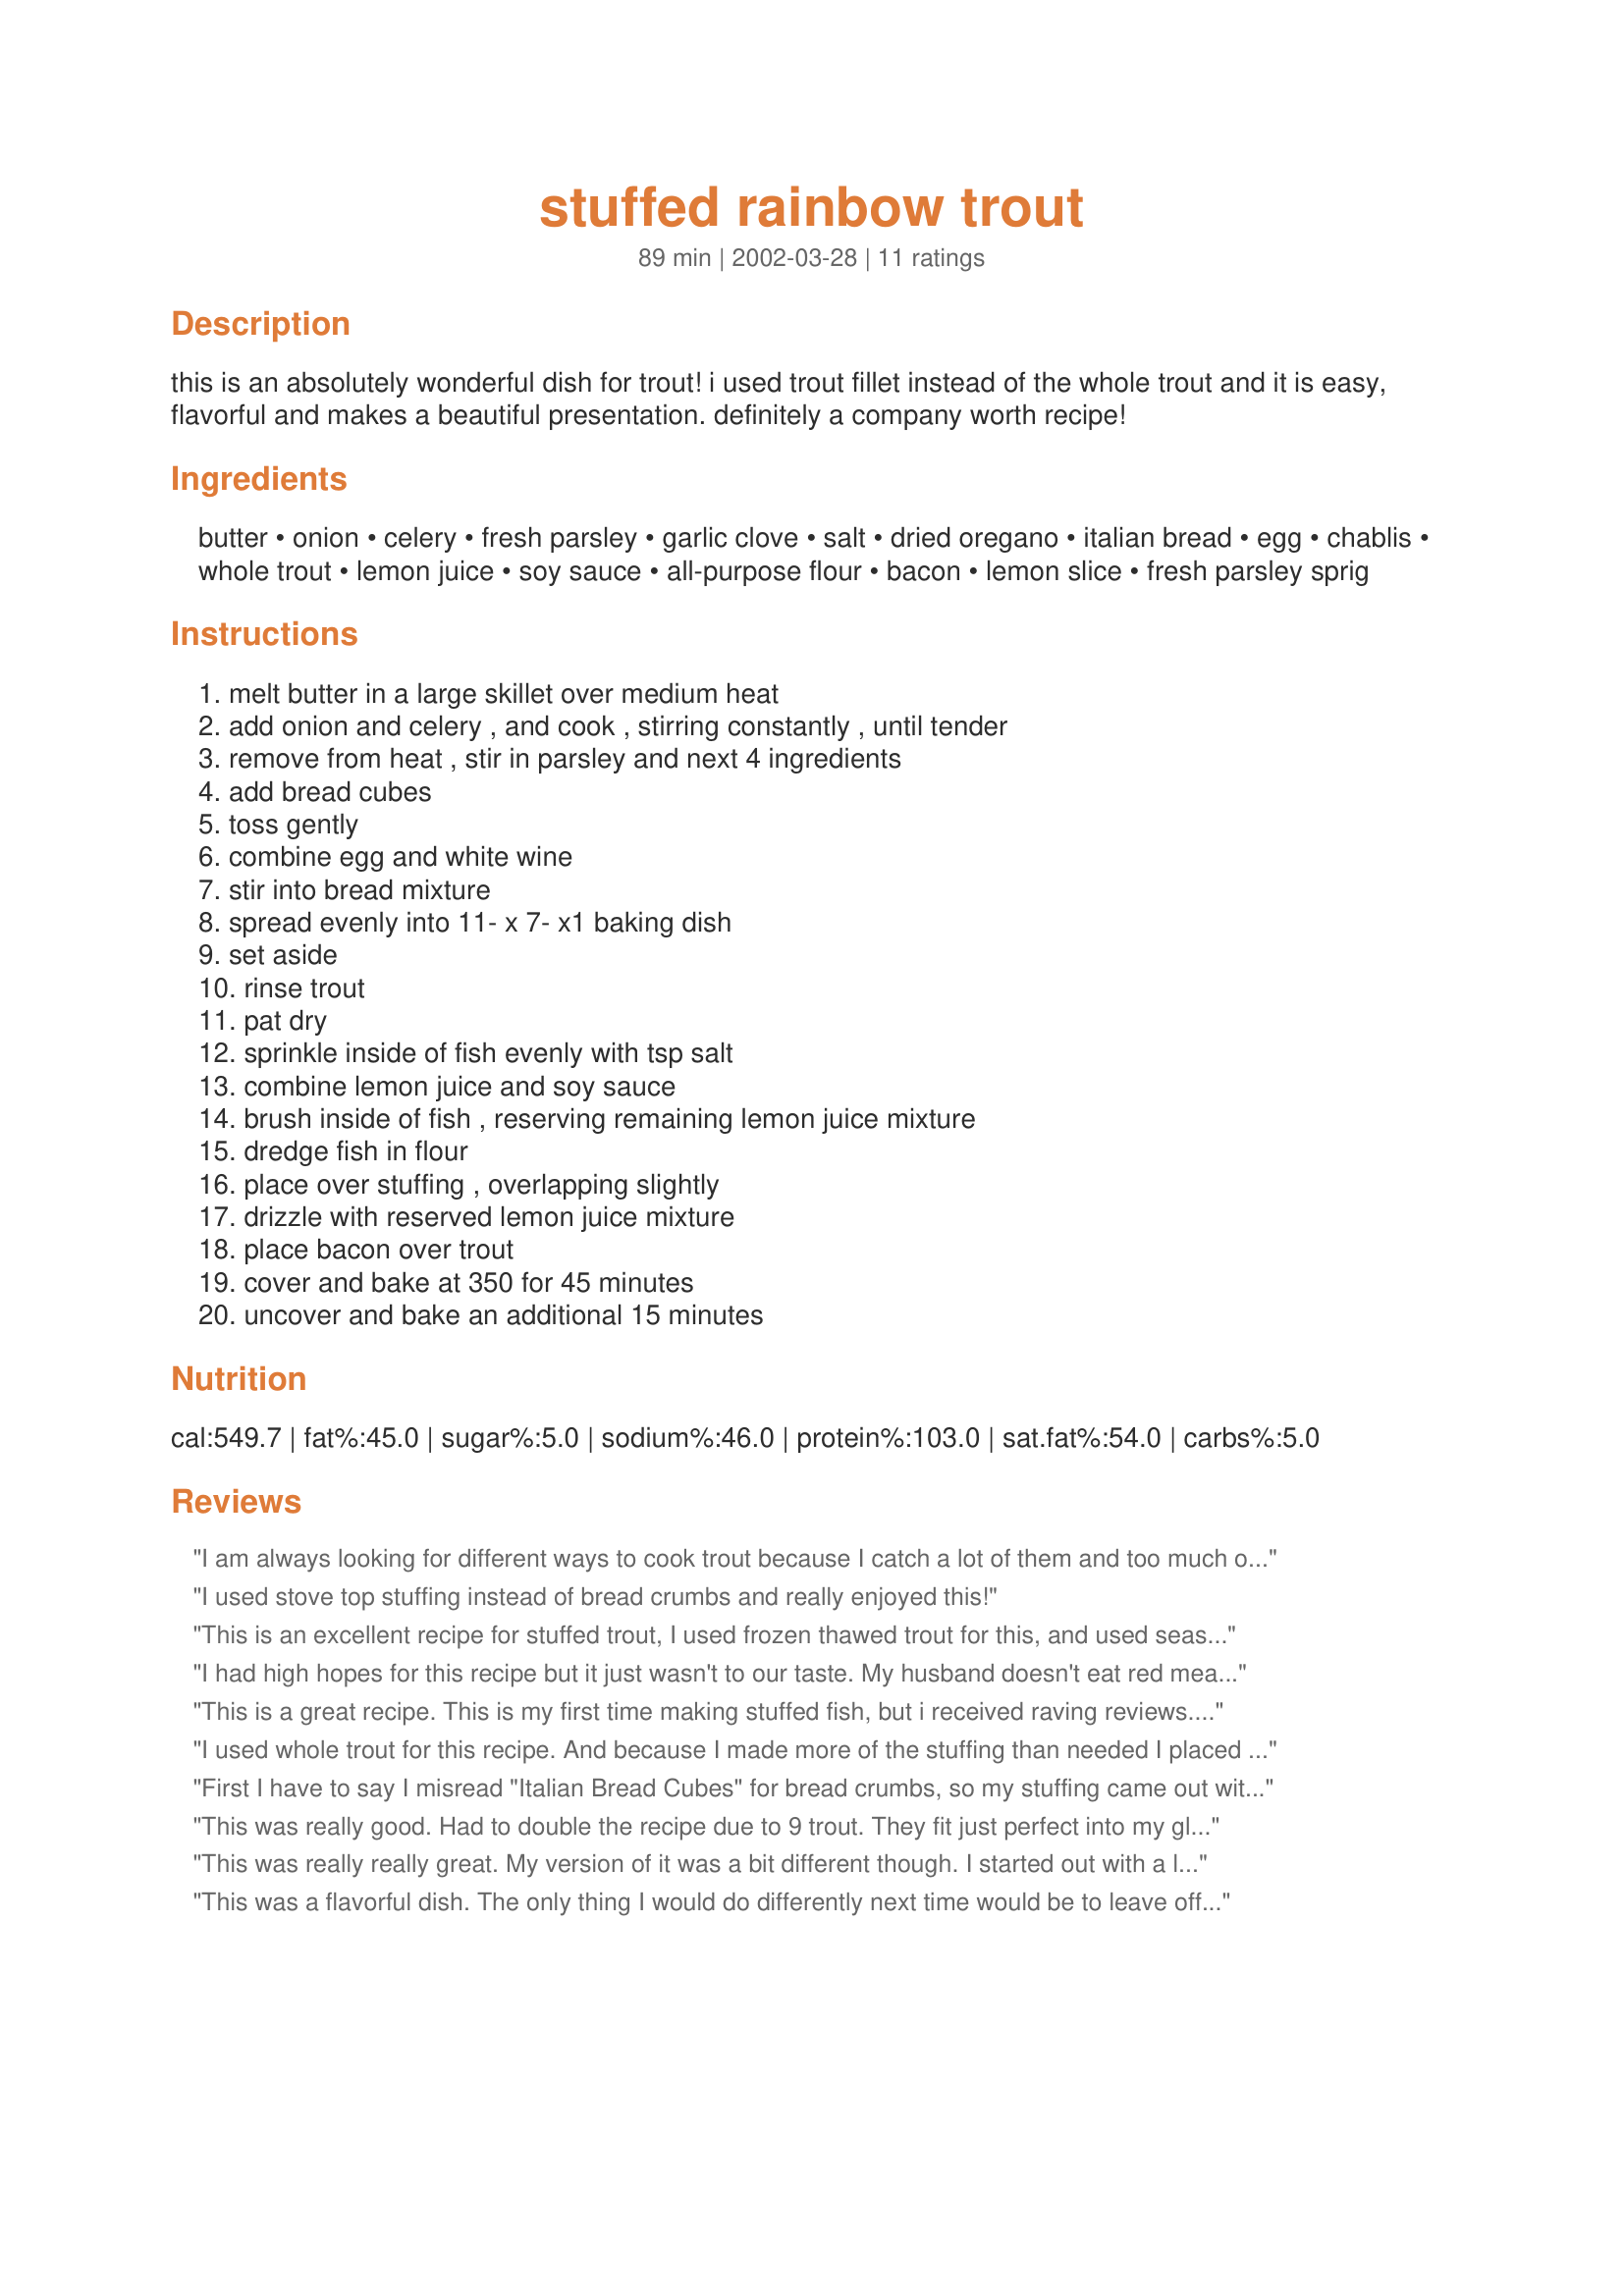
stuffed rainbow trout
Preparation time: 89 minutes

this is an absolutely wonderful dish for trout! i used trout fillet instead of the whole trout and it is easy, flavorful and makes a beautiful presentation. definitely a company worth recipe!

Ingredients:
butter, onion, celery, fresh parsley, garlic clove, salt, dried oregano, italian bread, egg, chablis, whole trout, lemon juice, soy sauce, all-purpose flour, bacon, lemon slice, fresh parsley sprig

Steps:
melt butter in a large skillet over medium heat, add onion and celery , and cook , stirring constantly , until tender, remove from heat , stir in parsley and next 4 ingredients, add bread cubes, toss gently, combine egg and white wine, stir into bread mixture, spread evenly into 11- x 7- x1 baking dish, set aside, rinse trout, pat dry, sprinkle inside of fish evenly with tsp salt, combine lemon juice and soy sauce, brush inside of fish , reserving remaining lemon juice mixture, dredge fish in flour, place over stuffing , overlapping slightly, drizzle with reserved lemon juice mixture, place bacon over trout, cover and bake at 350 for 45 minutes, uncover and bake an additional 15 minutes

Reviews:
I am always looking for different ways to cook trout because I catch a lot of them and too much of anything can become boring. I was expecting the combination of flavors from the trout, bacon, soy sauce, lemon, and spices to be exciting but, unfortunately, was disappointed. The fish tastes great (it's hard to beat fresh caught trout) but we found the stuffing to be too bland for our tastes. If I made it again I would experiment with more spices.
I used stove top stuffing instead of bread crumbs and really enjoyed this!
This is an excellent recipe for stuffed trout, I used frozen thawed trout for this, and used seasoned salt and white wine, what a great dinner served with Nimrod's Mashed Potato Casserole (<a href="/66442">Pam's Mashed Potato Casserole</a>) thanks for sharing this hon, I look forward to making this again soon!...Kitten:)
I had high hopes for this recipe but it just wasn't to our taste. My husband doesn't eat red meat so we didn't use the bacon.....maybe that's what makes the difference....but it seems to me it should have been good without the bacon and it wasn't. It was just too bland.
This is a great recipe. This is my first time making stuffed fish, but i received raving reviews. the stuffing was easy enough, and the aroma was wonderful. thx for sharing the recipe! =)
I used whole trout for this recipe. And because I made more of the stuffing than needed I placed the rainbow trout on the rest of the stuffing. The whole trout on the stuffing made such a nice presentation. My fish was done in about 45 minutes (I remove the cover after 30 minutes). The fish was perfect. The flavours of the delicate fish were not overhelmed by the other flavours. And the stuffing was surprisingly different. I like the "bread" character of the stuffing, but maybe I have used a bit too much bread (forget to measure). But anyway, it was great. Thanks for sharing such a great and easy to make fish recipe.
First I have to say I misread "Italian Bread Cubes" for bread crumbs, so my stuffing came out with a different texture. I had to use a bit of chicken broth to moisten the bread crumbs enough so they wouldn't be dry. Other than that I used the exact ingredients as you listed. I had a 3.5lb Brown Trout I filayed (sp), so Ihad nice big fillets to lay on top of the stuffing. 
This was rather easy to make. Very tasty. The chabis gave the stuffing a really nice flavour and the soy/lemon mixture along with the bacon flavor paired well with the dressing. There was a lot of flavor going on in this dish. A recipe worth making again, as I have more trout in the freezer.
One thing I would like to add is: In the list of ingredients you don't say exactly how much butter. "1/4 butter". 1/4 cup? Stick?. Also the Parsley. 1/4 cup or 1/4 tsp? 1/4 bunch of Parsley. I used 1/4 stick of butter and 1/4 cup chopped parsley. Thank for a delcious recipe.
This was really good. Had to double the recipe due to 9 trout. They fit just perfect into my glass casserole dish. Added a bit of finely chopped cooked bacon to the stuffing... Five stars from the entire family. BIL said it was the best stuffing he had ever tasted! :) Thanks for sharing.
This was really really great. My version of it was a bit different though. I started out with a long filet rather than a whole fish. I made the stuffing mostly as directed, but instead of using italian bread, I used a poppyseed onion french loaf. I also had no parsley on hand, so I used rosemary instead. On the fish itself, I had no flour so I used a comination of dried sage, dried thyme, dried marjoram, and ground pepper. I just drizzled the soy/lemon mixture over the filet and baked. The fish came out incredibly tender and the combination of textures between the bacon and trout was unbelievable! I think i probably used a bit too much of the soy/lemon sauce, though, because the areas around the filet itself ended up a bit soggy, so that's something that I'll work on next time. Thanks for the recipe, Bev!
This was a flavorful dish. The only thing I would do differently next time would be to leave off the flour. Thanks for posting!
WELL!!!
I am impressed.
after years of loving trout and doing the usual: fried, baked with rice, etc etc, I decided to dedicate 3 lovely little trout to this recipe.
I didnt have celery, and I dont like parsley, so they didnt make it to the pot. I didnt have italian bread, so I used italian herbs instead of oregano.
Did it like the recipe, overlapped the trout on the stuffing, thought the cooking time was way too long: but it wasnt. Used "spek" instead of bacon, (vetspek pets calls it, fairly fatty, but very thin)
It was wonderful!!! because of the long cooking, it had a stronger fish taste, and my husband and I both loved it!!! The fishy flavoured bread pudding base was wonderful by itself!! I didnt think it looked that good, as the skin was a little dry looking, but the taste made up for the looks!! I will make this often in the future, thanks Bev
